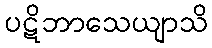
ပဋိဘာသေယျာသိ